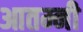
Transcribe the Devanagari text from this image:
आतम्नी